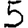
Digit: 5